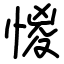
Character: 惾